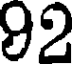
92